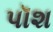
પૉશ